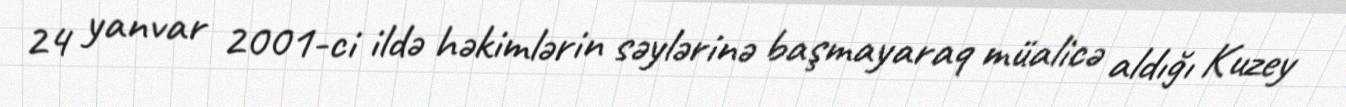
24 yanvar 2001-ci ildə həkimlərin səylərinə başmayaraq müalicə aldığı Kuzey